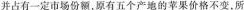
并占有一定市场份额，原有五个产地的苹果价格不变，所